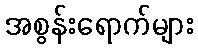
အစွန်းရောက်များ